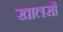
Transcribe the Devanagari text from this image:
खालसों